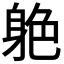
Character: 𨉆